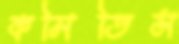
কমিতিস